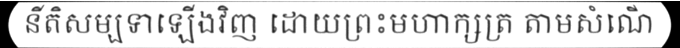
នីតិសម្បទាឡើងវិញ ដោយព្រះមហាក្សត្រ តាមសំណើ